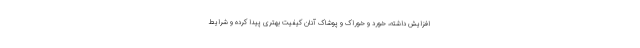
افزایش داشته، خورد و خوراک و پوشاک آنان کیفیت بهتری پیدا کرده و شرایط